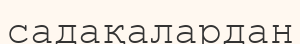
садақалардан